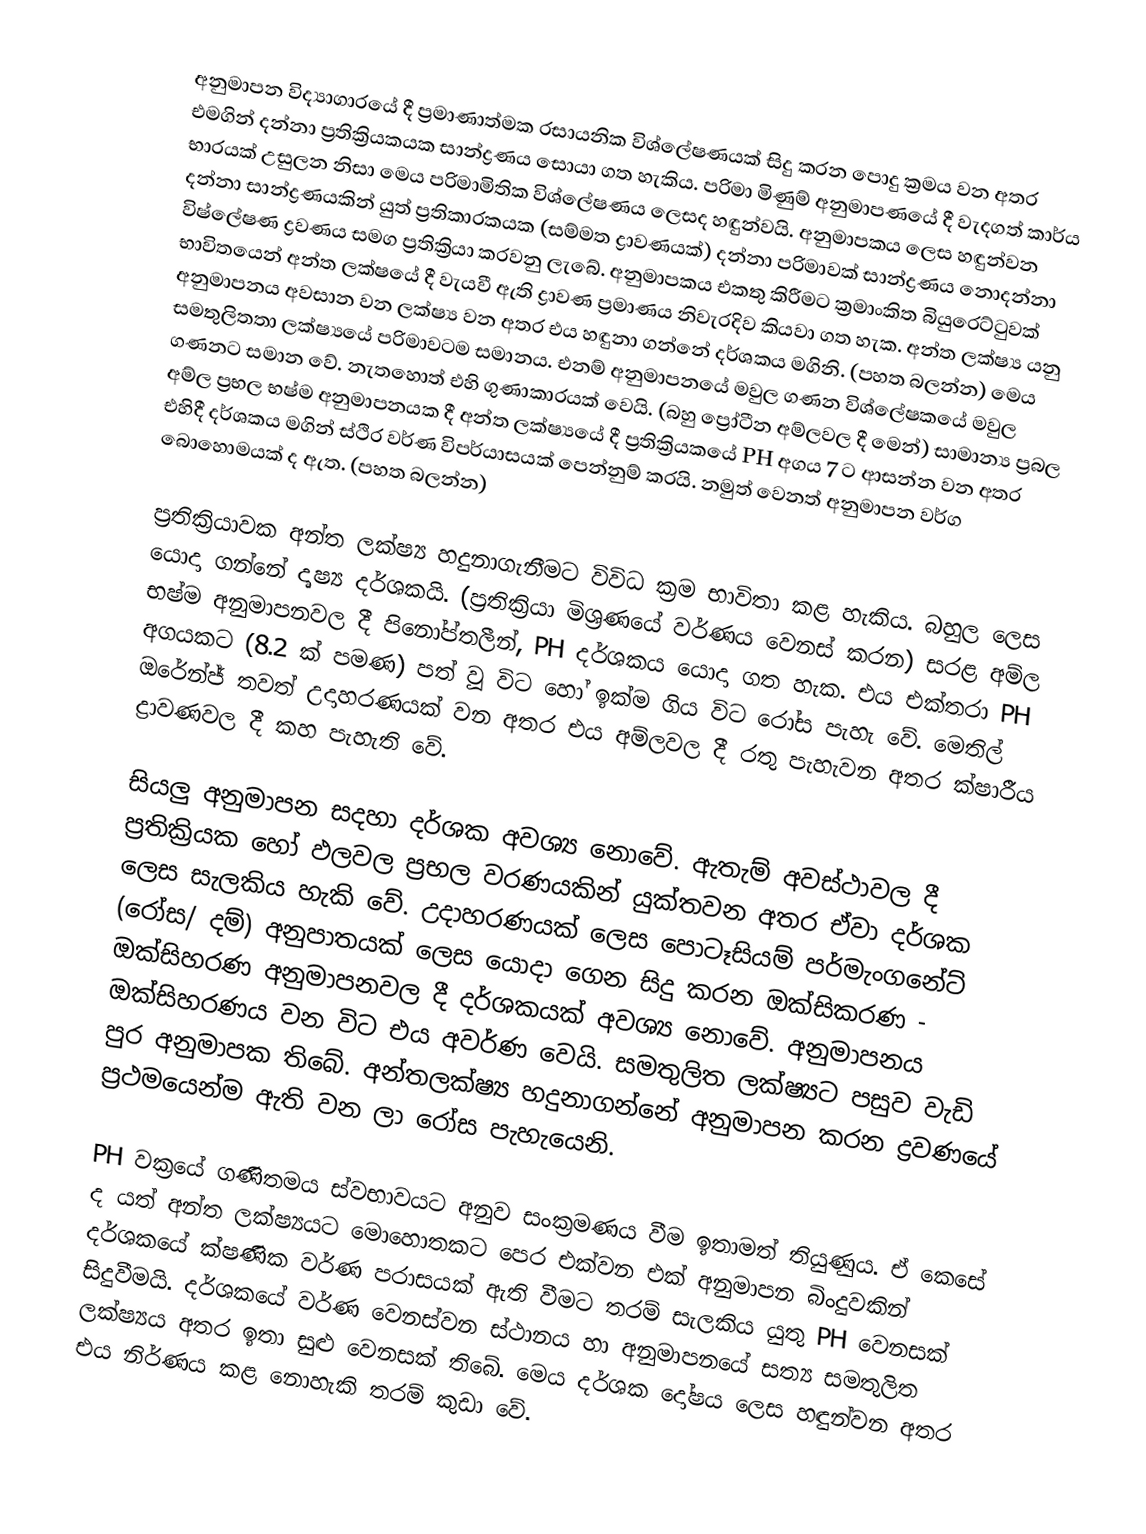
අනුමාපන විද්‍යාගාරයේ දී ප්‍රමාණාත්මක රසායනික විශ්ලේෂණයක් සිදු කරන පොදු ක්‍රමය වන අතර එමගින් දන්නා ප්‍රතික්‍රියකයක සාන්ද්‍රණය සොයා ගත හැකිය. පරිමා මිණුම් අනුමාපණයේ දී වැදගත් කාර්ය භාරයක් උසුලන නිසා මෙය පරිමාමිතික විශ්ලේෂණය ලෙසද හඳුන්වයි. අනුමාපකය ලෙස හඳුන්වන දන්නා සාන්ද්‍රණයකින් යුත් ප්‍රතිකාරකයක (සම්මත ද්‍රාවණයක්) දන්නා පරිමාවක් සාන්ද්‍රණය නොදන්නා විෂ්ලේෂණ ද්‍රවණය සමග ප්‍රතික්‍රියා කරවනු ලැබේ. අනුමාපකය එකතු කිරීමට ක්‍රමාංකිත බියුරෙට්ටුවක් භාවිතයෙන් අන්ත ලක්ෂයේ දී වැයවී ඇති ද්‍රාවණ ප්‍රමාණය නිවැරදිව කියවා ගත හැක. අන්ත ලක්ෂ්‍ය යනු අනුමාපනය  අවසාන වන ලක්ෂ්‍ය වන අතර එය හඳුනා ගන්නේ දර්ශකය මගිනි. (පහත බලන්න) මෙය සමතුලිතතා ලක්ෂ්‍යයේ පරිමාවටම සමානය. එනම් අනුමාපනයේ මවුල ගණන විශ්ලේෂකයේ මවුල ගණනට සමාන වේ. නැතහොත් එහි ගුණාකාරයක් වෙයි. (බහු ප්‍රෝටීන අම්ලවල දී මෙන්) සාමාන්‍ය ප්‍රබල අම්ල ප්‍රභල භෂ්ම අනුමාපනයක දී අන්ත ලක්ෂ්‍යයේ දී ප්‍රතික්‍රියකයේ PH අගය 7 ට ආසන්න වන අතර එහිදී දර්ශකය මගින් ස්ථිර වර්ණ විපර්යාසයක් පෙන්නුම් කරයි. නමුත් වෙනත් අනුමාපන වර්ග බොහොමයක් ද ඇත. (පහත බලන්න)

ප්‍රතික්‍රියාවක අන්ත ලක්ෂ්‍ය හදුනාගැනීමට විවිධ ක්‍රම භාවිතා කළ හැකිය. බහුල ලෙස යොදා ගන්නේ දෘෂ්‍ය දර්ශකයි. (ප්‍රතික්‍රියා මිශ්‍රණයේ වර්ණය වෙනස් කරන) සරළ අම්ල භෂ්ම අනුමාපනවල දී පිනෝප්තලීන්, PH දර්ශකය යොදා ගත හැක. එය එක්තරා PH අගයකට (8.2 ක් පමණ) පත් වූ විට හෝ ඉක්ම ගිය විට රෝස පැහැ වේ. මෙතිල් ඔරේන්ජ් තවත් උදාහරණයක් වන අතර එය අම්ලවල දී රතු පැහැවන අතර ක්ෂාරීය ද්‍රාවණවල දී කහ පැහැති වේ.

සියලු අනුමාපන සදහා දර්ශක අවශ්‍ය නොවේ. ඇතැම් අවස්ථාවල දී ප්‍රතික්‍රියක හෝ ඵලවල ප්‍රභල වරණයකින් යුක්තවන අතර ඒවා දර්ශක ලෙස සැලකිය හැකි වේ. උදාහරණයක් ලෙස පොටෑසියම් පර්මැංගනේට් (රෝස/ දම්) අනුපාතයක් ලෙස යොදා ගෙන සිදු කරන ඔක්සිකරණ - ඔක්සිහරණ අනුමාපනවල දී දර්ශකයක් අවශ්‍ය නොවේ. අනුමාපනය ඔක්සිහරණය වන විට එය අවර්ණ වෙයි. සමතුලිත ලක්ෂ්‍යට පසුව වැඩි පුර අනුමාපක තිබේ. අන්තලක්ෂ්‍ය හදුනාගන්නේ අනුමාපන කරන ද්‍රවණයේ ප්‍රථමයෙන්ම ඇති වන ලා රෝස පැහැයෙනි.

PH වක්‍රයේ ගණිතමය ස්වභාවයට අනුව සංක්‍රමණය වීම ඉතාමත් තියුණුය. ඒ කෙසේ ද යත් අන්ත ලක්ෂ්‍යයට මොහොතකට පෙර එක්වන එක් අනුමාපන බිංදුවකින් දර්ශකයේ ක්ෂණික වර්ණ පරාසයක් ඇති වීමට තරම් සැලකිය යුතු PH වෙනසක් සිදුවීමයි. දර්ශකයේ වර්ණ වෙනස්වන ස්ථානය හා අනුමාපනයේ සත්‍ය සමතුලිත ලක්ෂ්‍යය අතර ඉතා සුළු වෙනසක් තිබේ. මෙය දර්ශක දෝෂය ලෙස හඳුන්වන අතර එය නිර්ණය කළ නොහැකි තරම් කුඩා වේ.